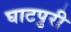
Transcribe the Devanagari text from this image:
घाटपुरी